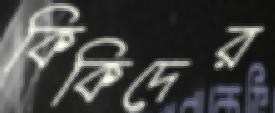
কিকিদের